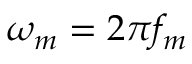
\omega _ { m } = 2 \pi f _ { m }